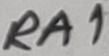
Text: RA1